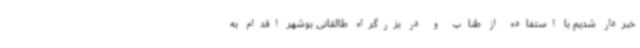
خبردار شدیم با استفاده از طناب و در بزرگراه طالقانی بوشهر اقدام به